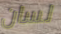
لسان